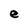
Character: e